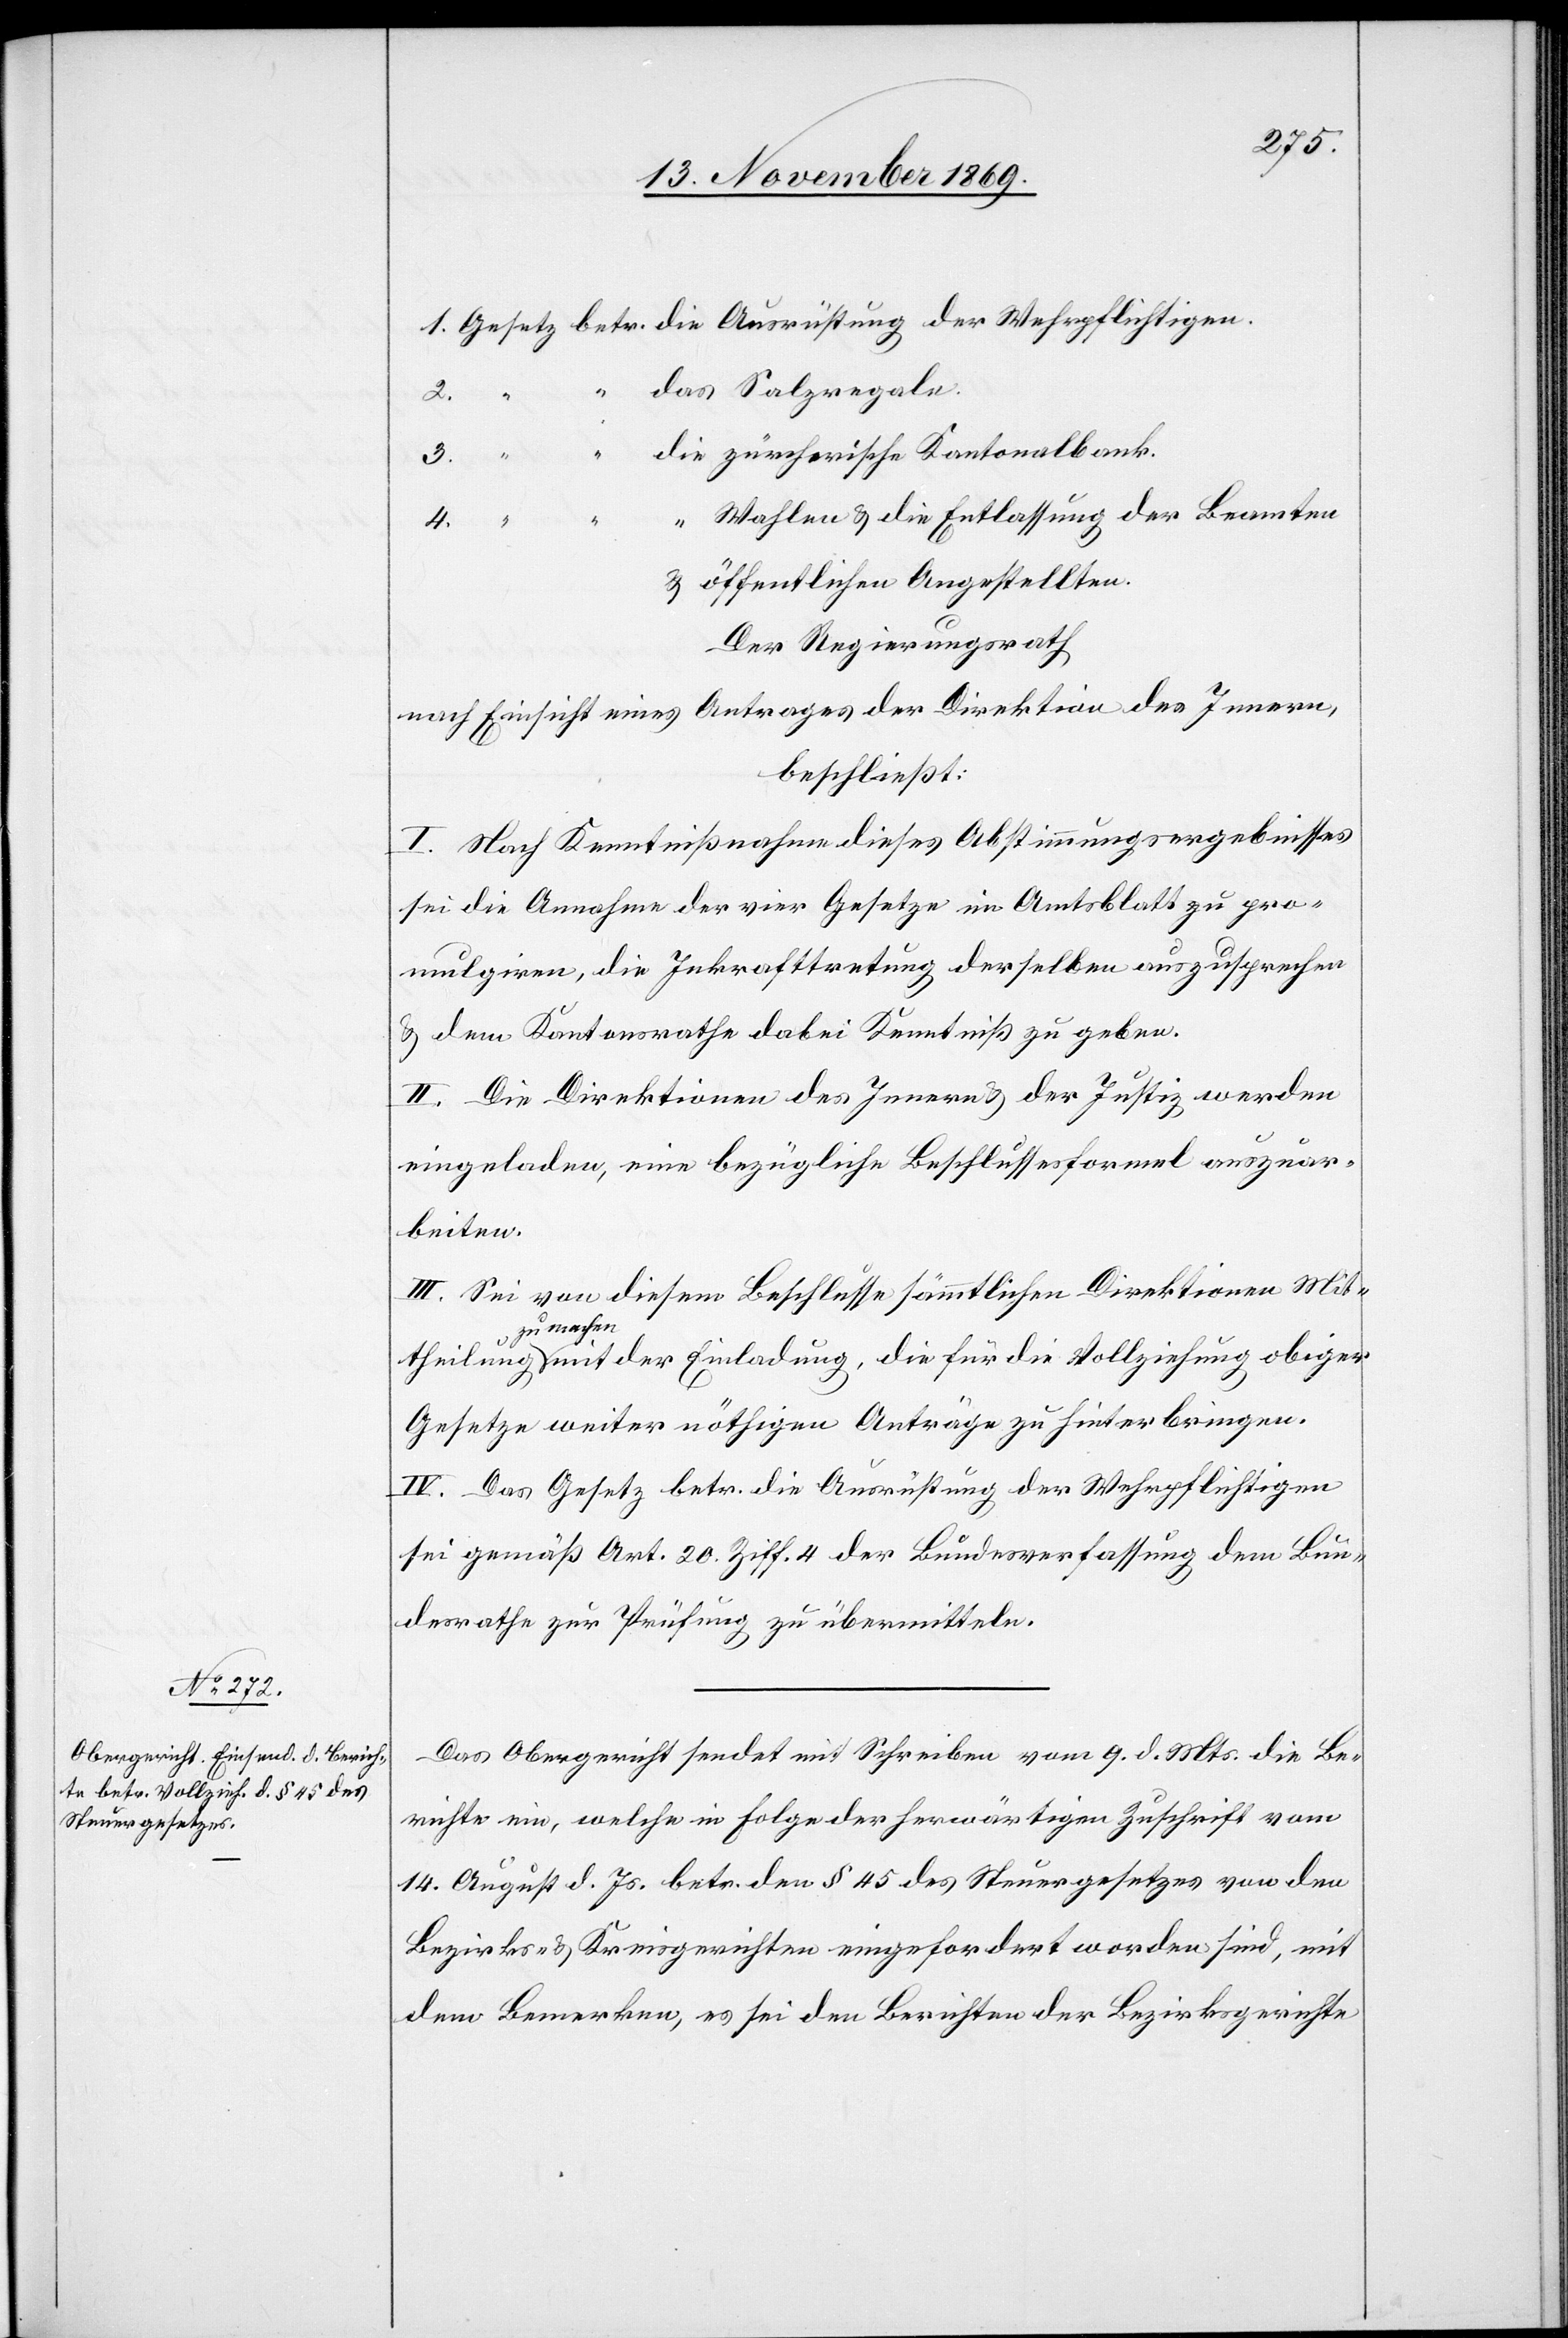
der

das Salzregale.
3.
die zürcherische Kantonalbank.
“ Wahlen & die Entlassung der Beamten
4.
& öffentlichen Angestellten.
Der Regierungsrath
nach Einsicht eines Antrages der Direktion des Innern,
beschließt:
I. Nach Kenntnißnahme dieses Abstimmungsergebnisses
sei die Annahme der vier Gesetze im Amtsblatt zu pro¬
mulgiren, die Inkrafttretung derselben auszusprechen
& dem Kantonsrathe dabei Kenntniß zu geben.
II. Die Direktionen des Innern & der Justiz werden
eingeladen, eine bezügliche Beschlussesformel auszuar¬
beiten.
III. Sei von diesem Beschlusse sämmtlichen Direktionen Mit¬
theilung zu machen mit der Einladung, die für die Vollziehung obiger
Gesetze weiter nöthigen Anträge zu hinterbringen.
IV. Das Gesetz betr. die Ausrüstung der Wehrpflichtigen
sei gemäß Art. 20 Ziff. 4 der Bundesverfassung dem Bun¬
desrathe zur Prüfung zu übermitteln.
Das Obergericht sendet mit Schreiben vom 9. d. Mts. die Be¬
richte ein, welche in Folge der herwärtigen Zuschrift vom
14. August d. Js. betr. den § 45 des Steuergesetzes von den
Bezirks- & Kreisgerichten eingefordert worden sind, mit
dem Bemerken, es sei den Berichten der Bezirksgerichte